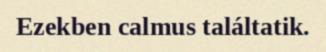
Ezekben calmus találtatik.